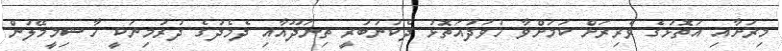
މިރަށާއި އަތޮޅުގެ ވެރިރަށް ކަމަށްވާ ހުވަދުއަތޮޅު ދެކުނުބުރީ ތިނަދޫއާއި ދެމެދުގެ ދުރުމިނަކީ ހާޝިމީމޭލުން